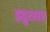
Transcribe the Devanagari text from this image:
इद्वत्सर